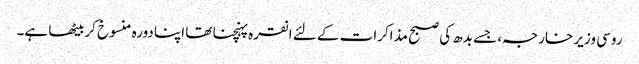
روسی وزیر خارجہ، جسے بدھ کی صبح مذاکرات کے لئے انقرہ پہنچنا تھا اپنا دورہ منسوخ کربیٹھا ہے۔